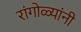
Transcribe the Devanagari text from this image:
रांगोळ्यांनी